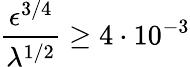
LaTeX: \frac{\epsilon^{3/4}}{\lambda^{1/2}}\geq 4\cdot 10^{-3}